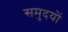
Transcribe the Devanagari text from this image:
समुदयों